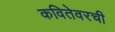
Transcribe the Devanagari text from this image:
कवितेवरची